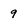
Character: 9